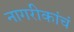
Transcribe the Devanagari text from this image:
नागरीकांचं